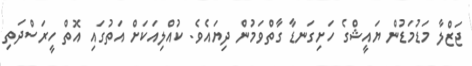
ޖަޒްލާ މަޑުމަޑުން ޔައީޝްގެ ހަށިގަނޑާ ގާތްވަމުން ދިޔައެވެ. ކުއްލިއަކަށް އަތުގައި އޮތް ހީރަސްދަތި